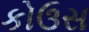
કોઉસ